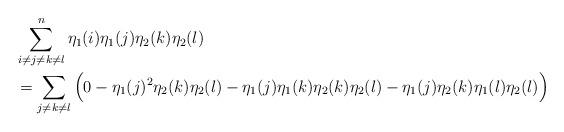
LaTeX: \begin{align*}&\sum_{i\neq j\neq k\neq l}^n\eta_1(i)\eta_1(j)\eta_2(k)\eta_2(l) \cr&=\sum_{j\neq k\neq l}\Big(0-\eta_1(j)^2\eta_2(k)\eta_2(l)-\eta_1(j)\eta_1(k)\eta_2(k)\eta_2(l)-\eta_1(j)\eta_2(k)\eta_1(l)\eta_2(l)\Big)\end{align*}